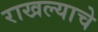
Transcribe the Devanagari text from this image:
राखल्याचे